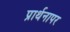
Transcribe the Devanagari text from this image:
प्रार्थनापर